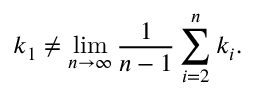
k _ { 1 } \neq \operatorname* { l i m } _ { n \rightarrow \infty } \frac { 1 } { n - 1 } \sum _ { i = 2 } ^ { n } k _ { i } .